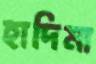
হাদিমা